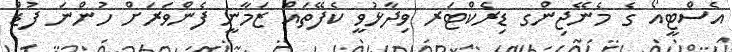
އެސްޓީއޯ ގެ މެނޭޖިންގ ޑިރެކްޓަރ ވިދާޅުވީ ކެފޭތައް ޒަމާނީ ފެންވަރަށް ހުންނަ ފުޑް